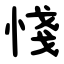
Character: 㥇